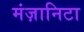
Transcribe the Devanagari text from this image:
मंज़ानिटा